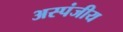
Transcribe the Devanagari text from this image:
अस्पंजीय